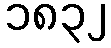
၁၈၃၂